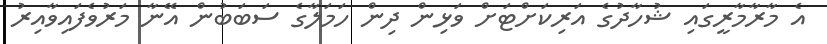
އެ މާރާމާރީގައި ޝުހާދުގެ އަރިކަށްޓަށް ވަޅިން ދިން ހަމަލާގެ ސަބަބުން އޭނާ މަރުވެފައިވާއިރު